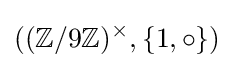
((\mathbb {Z} /9\mathbb {Z} )^{\times },\{1,\circ \})